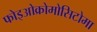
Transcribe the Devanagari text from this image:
फोइओक्रोमोसिटोमा